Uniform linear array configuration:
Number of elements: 24
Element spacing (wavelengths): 0.25
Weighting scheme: blackman
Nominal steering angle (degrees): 15
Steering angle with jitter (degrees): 15.787
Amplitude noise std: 0.05
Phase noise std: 0.05

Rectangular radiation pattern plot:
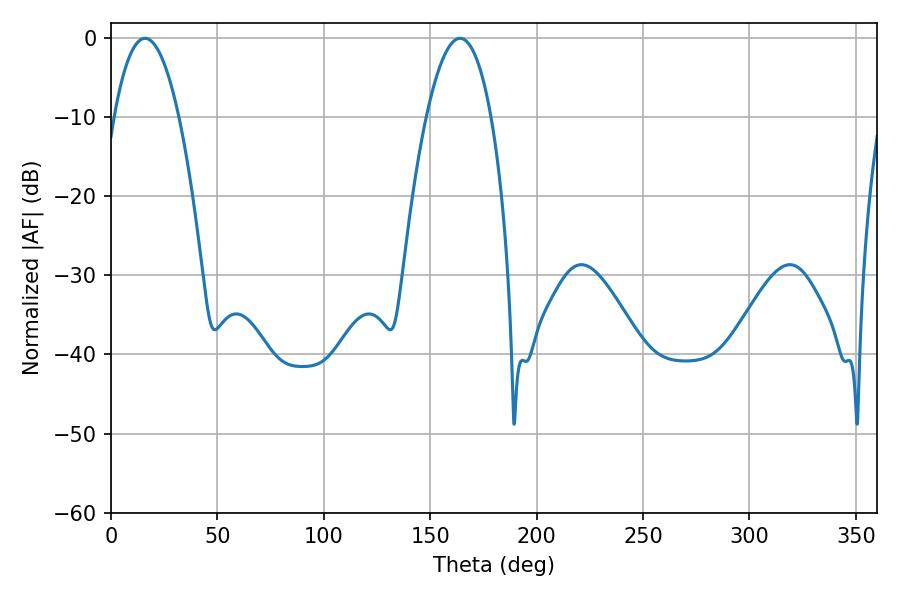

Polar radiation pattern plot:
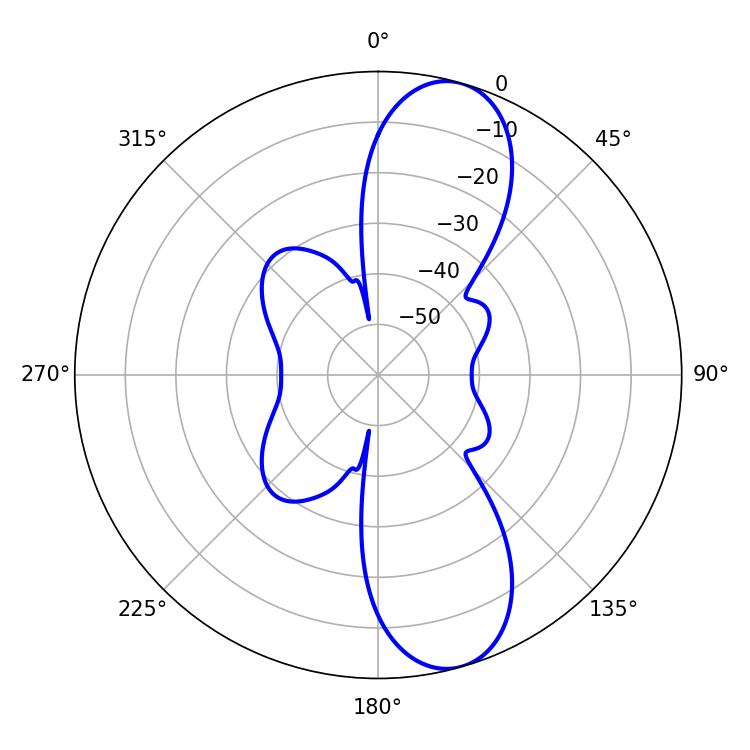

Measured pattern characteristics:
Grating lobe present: FALSE
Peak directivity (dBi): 10.573
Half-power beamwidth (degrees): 16.92
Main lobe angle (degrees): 16.02